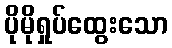
ပိုမိုရှုပ်ထွေးသော